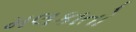
મલકાતો